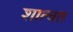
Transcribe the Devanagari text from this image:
शात्वत